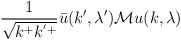
\begin{align*}\frac{1}{\sqrt{k^+k^{'+}}}\bar{u}(k',\lambda') {\cal M} u(k,\lambda)\end{align*}